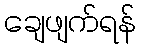
ချေဖျက်ရန်